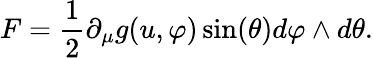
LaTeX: F=\frac{1}{2}\partial_{\mu}g(u,\varphi)\sin(\theta)d\varphi\wedge d\theta.